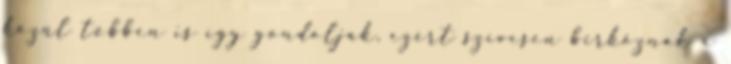
közül többen is így gondolják, ezért szívesen birkóznak a